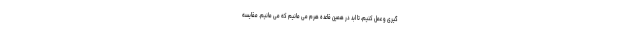
گیری و عمل کنیم، تا ابد در همین قاعده هرم می مانیم که می مانیم. مقایسه